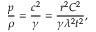
\frac { p } { \rho } = \frac { c ^ { 2 } } { \gamma } = \frac { r ^ { 2 } C ^ { 2 } } { \gamma \lambda ^ { 2 } t ^ { 2 } } ,